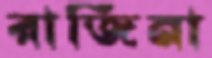
রাজিনা